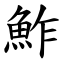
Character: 鮓